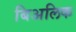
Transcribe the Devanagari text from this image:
बिअलिक